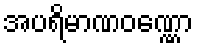
အပရိမာဏဝဏ္ဏော